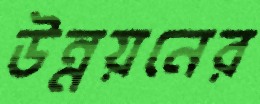
উন্নয়নের